Specificity of antivenomous sera - Number 5
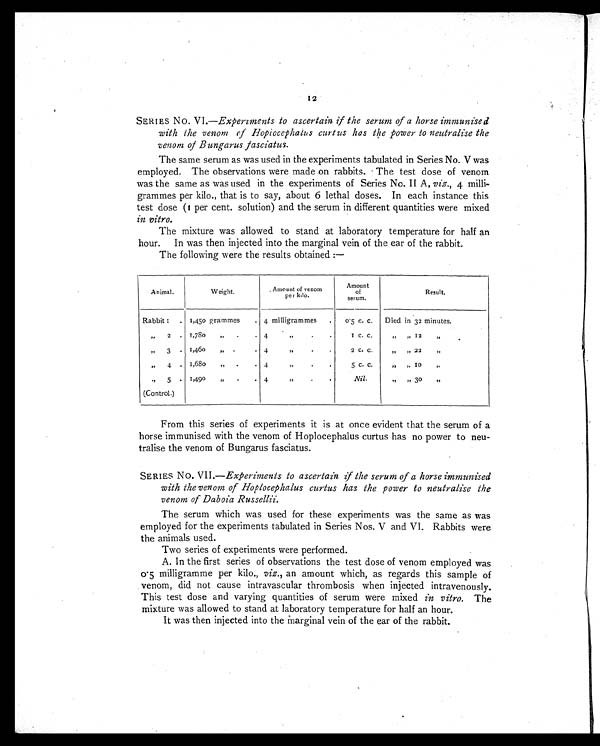
12
SERIES No. VI.— Experiments to ascertain if the serum of a horse immunised
with the venom of Hopiocephalus curtus has the power to neutralise the
venom of Bungarus fasciatus.
The same serum as was used in the experiments tabulated in Series No. V was
employed. The observations were made on rabbits. The test dose of venom
was the same as was used in the experiments of Series No. II A, viz., 4 milli-
grammes per kilo., that is to say, about 6 lethal doses. In each instance this
test dose (1 per cent. solution) and the serum in different quantities were mixed
in vitro.
The mixture was allowed to stand at laboratory temperature for half an
hour. In was then injected into the marginal vein of the ear of the rabbit.
The following were the results obtained :—
Animal.
Weight.
Amount of venom
per kilo.
Amount
of
serum.
Result.
Rabbit 1 .
1,450 grammes
. 4 milligrammes
.
0.5 c. c.
Died in 32 minutes.
„
2 . 1,780
,,
. .
4
,,
.
.
1 c c..
,, ,,
12
,,
„
3 . 1,460
,,
. . 4
,,
. .
2 c. c.
,, ,,
22
,,
„
4 . 1,68o
„ . .
4
,,
. .
5 c. c.
,, ,,
1
0
,,
„
5
.
(Control.)
1,490
,,
. .
4
,,
. .
Nil.
,, ,,
30
,,
From this series of experiments it is at once evident that the serum of a
horse immunised with the venom, of Hoplocephalus curtus has no power to neu-
tralise the venom of Bungarus fasciatus.
SERIES NO. VII.— Experiments to ascertain if the serum of a horse immunised
with the venom of Hoplocephalus curtus has the power to neutralise the
venom of Daboia Russellii.
The serum which was used for these experiments was the same as was
employed for the experiments tabulated in Series Nos. V and VI. Rabbits were
the animals used.
Two series of experiments were performed.
A. In the first series of observations the test dose of venom employed was
0.5 milligramme per kilo., viz., an amount which, as regards this sample of
venom, did not cause intravascular thrombosis when injected intravenously.
This test dose and varying quantities of serum were mixed in vitro. The
mixture was allowed to stand at laboratory temperature for half an hour.
It was then injected into the Marginal vein of the ear of the rabbit.